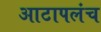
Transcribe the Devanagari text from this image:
आटापलंच